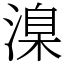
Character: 㴪